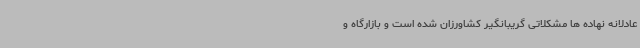
عادلانه نهاده ها مشکلاتی گریبانگیر کشاورزان شده است و بازارگاه و